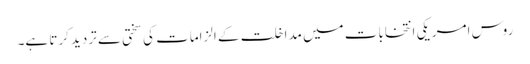
روس امریکی انتخابات میں مداخلت کے الزامات کی سختی سے تردید کرتا ہے۔